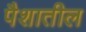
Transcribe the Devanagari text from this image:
पैशातील